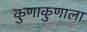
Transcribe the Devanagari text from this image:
कुणाकुणाला